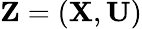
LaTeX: \mathbf{Z}=(\mathbf{X},\mathbf{U})